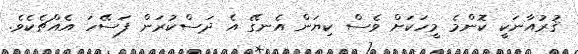
ޤުރުއާނަކީ ކޮންމެ މީހަކަށް ވެސް ކިޔަން އެނގޭ އެ ދަސްކުރަން ފަސޭހަ އެއްޗެކެވެ.